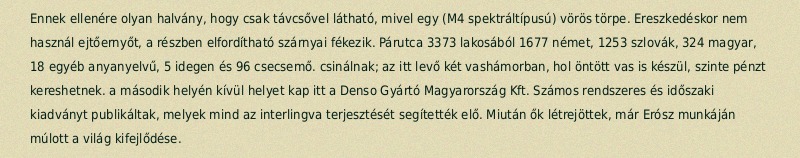
Ennek ellenére olyan halvány, hogy csak távcsővel látható, mivel egy (M4 spektráltípusú) vörös törpe. Ereszkedéskor nem használ ejtőernyőt, a részben elfordítható szárnyai fékezik. Párutca 3373 lakosából 1677 német, 1253 szlovák, 324 magyar, 18 egyéb anyanyelvű, 5 idegen és 96 csecsemő. csinálnak; az itt levő két vashámorban, hol öntött vas is készül, szinte pénzt kereshetnek. a második helyén kívül helyet kap itt a Denso Gyártó Magyarország Kft. Számos rendszeres és időszaki kiadványt publikáltak, melyek mind az interlingva terjesztését segítették elő. Miután ők létrejöttek, már Erósz munkáján múlott a világ kifejlődése.